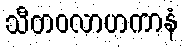
သီတဝလာဟကာနံ